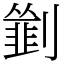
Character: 𠠃